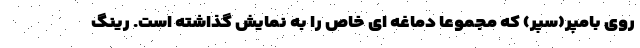
روی بامپر(سپر) که مجموعا دماغه ای خاص را به نمایش گذاشته است. رینگ